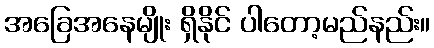
အခြေအနေမျိုး ရှိနိုင် ပါတော့မည်နည်း။